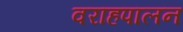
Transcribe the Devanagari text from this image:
वराहपालन